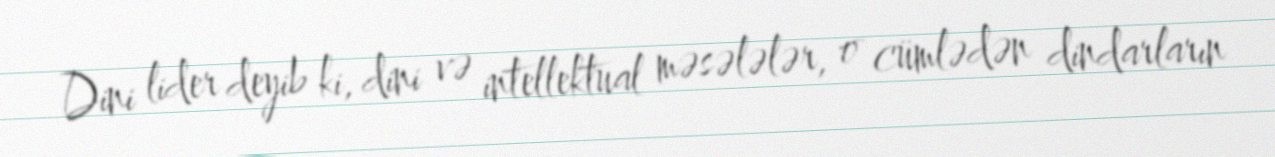
Dini lider deyib ki, dini və intellektual məsələlər, o cümlədən dindarların